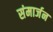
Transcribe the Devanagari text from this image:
संमार्जन